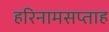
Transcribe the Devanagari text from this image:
हरिनामसप्ताह